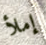
إملأ